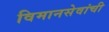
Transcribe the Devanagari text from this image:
विमानसेवांची